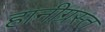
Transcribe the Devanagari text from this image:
हानीग्रस्त